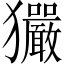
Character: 玁